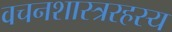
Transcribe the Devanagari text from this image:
वचनशास्त्ररहस्य